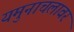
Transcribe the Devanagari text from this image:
यमुनाचलावर